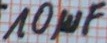
Text: 10µF